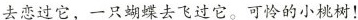
去恋过它，一只蝴蝶去飞过它。可怜的小桃树！